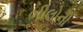
ભીલોની